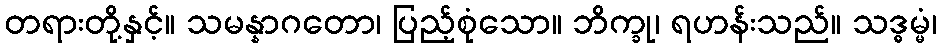
တရားတို့နှင့်။ သမန္နာဂတော၊ ပြည့်စုံသော။ ဘိက္ခု၊ ရဟန်းသည်။ သဒ္ဓမ္မံ၊